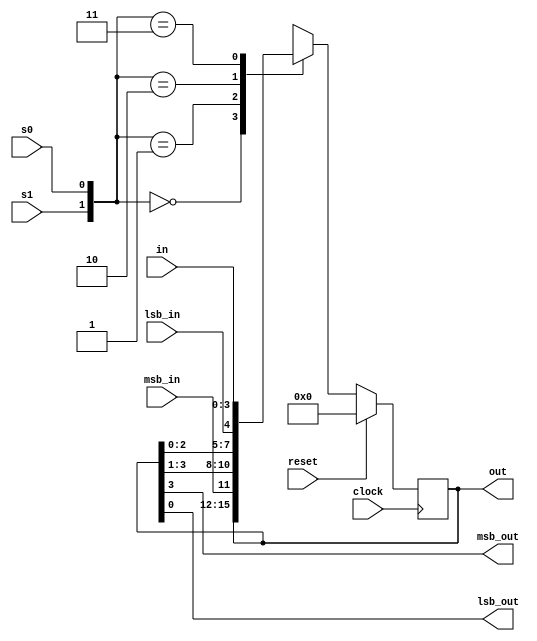
///////////////////////////////////////////
/// Design  : Universal Shift Register
/// College	: Anna University, MIT campus
///////////////////////////////////////////

module Usr(in,out,msb_in,lsb_in,msb_out,lsb_out,s1,s0,clock,reset);
input s1,s0,clock,reset,msb_in,lsb_in;
output msb_out,lsb_out;
input [3:0]in;
output reg [3:0]out;

assign msb_out = out[3];
assign lsb_out = out[0];

always @ (posedge clock)
	begin
		if(reset)
			out = 0;
		else 
			begin
				case ({s1,s0})
					2'b00: out = out;               // No change
					2'b01: out = {msb_in,out[3:1]}; // Right Shift
					2'b10: out = {out[2:0],lsb_in}; // Left Shift
					2'b11: out = in;                // Parallel Loading
				endcase
			end
	end
endmodule